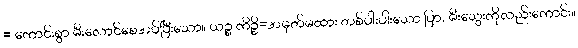
= ကောင်းစွာ မီးလောင်စေအပ်ပြီးသော။ ယဉ္စ ကိဉ္စိ=အမှတ်မထား တစ်ပါးပါးသော ပြာ, မီးသွေးကိုလည်းကောင်း။